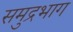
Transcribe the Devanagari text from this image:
समुद्रभाग